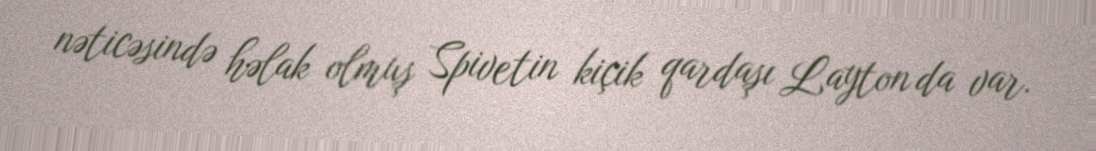
nəticəsində həlak olmuş Spivetin kiçik qardaşı Layton da var.